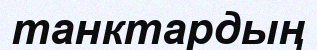
танктардың